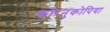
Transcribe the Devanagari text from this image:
कोरनुकोपिया